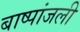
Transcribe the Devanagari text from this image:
बाष्पांजली